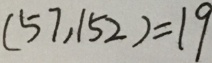
( 5 7 , 1 5 2 ) = 1 9